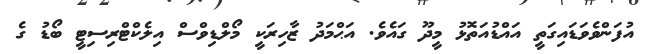
އުފަންވެވަޑައިގަތީ އައްޑުއަތޮޅު މީދޫ ގައެވެ. އަޙްމަދު ޒާހިރަކީ މޯލްޑިވްސް އިލެކްޓްރިސިޓީ ބޯޑު ގެ